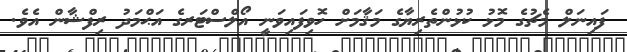
ފައިނަލް މެޗުގެ މޮޅު ކުޅުންތެރިޔާގެ މަޤާމަށް ހޮވިފައިވަނީ އޯލްސްޓަރގެ އަޙްމަދު ރިފްޝާން އެވެ.